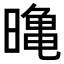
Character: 𭧛